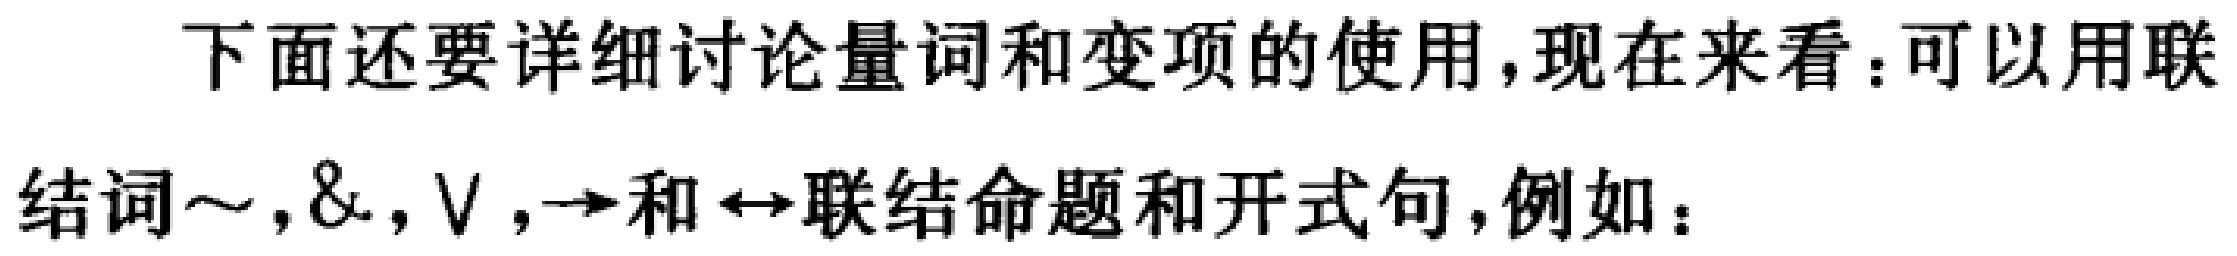
下面还要详细讨论量词和变项的使用，现在来看：可以用联结词$\sim,\&,\vee,\to$和$\leftrightarrow$联结命题和开式句，例如：